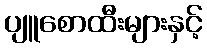
ပျူစောထီးများနှင့်